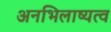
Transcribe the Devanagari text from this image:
अनभिलाष्यत्व